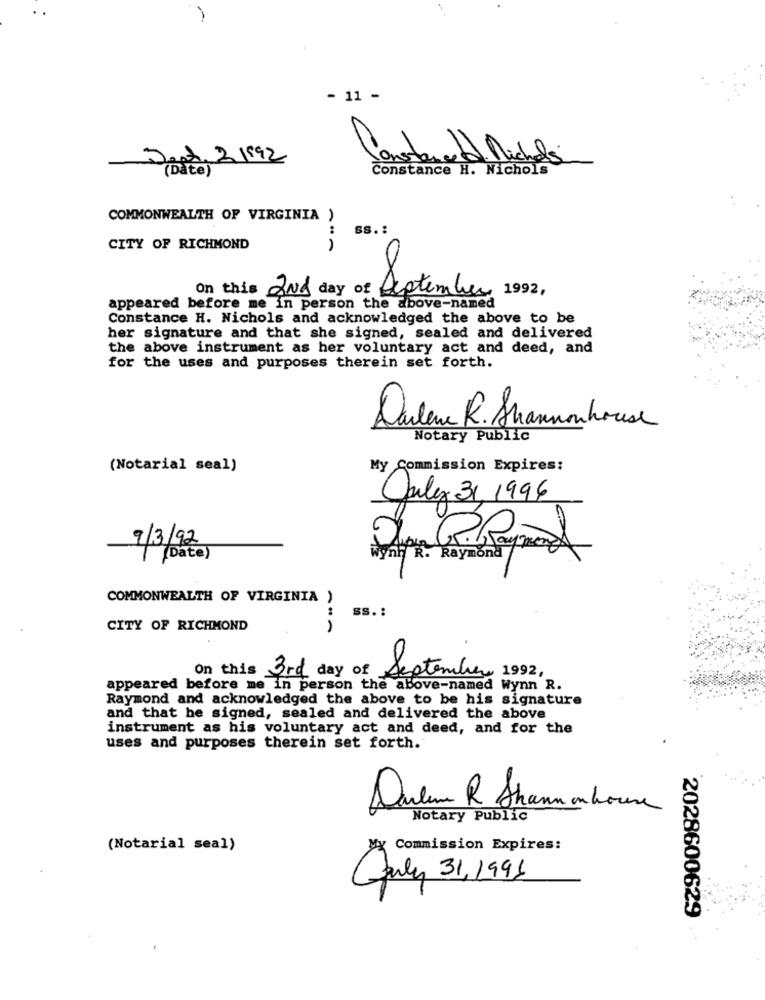
- 11 -
20pt 2 1992
constance
Mi
Constance H. Nichols
COMMONWEALTH OF VIRGINIA )
SS .:
CITY OF RICHMOND
On this 2Nd day of September 1992,
appeared before me in person the above-named
Constance H. Nichols and acknowledged the above to be
her signature and that she signed, sealed and delivered
the above instrument as her voluntary act and deed, and
for the uses and purposes therein set forth.
Darlene R. Shannonhouse
Notary Public
(Notarial seal)
My Commission Expires:
July 31, 1996
6.
9/3/92
(Date)
wyny R. Raymond
COMMONWEALTH OF VIRGINIA )
ss .:
CITY OF RICHMOND
On this 3rd day of September 1992,
appeared before me in person the above-named Wynn R.
Raymond and acknowledged the above to be his signature
and that he signed, sealed and delivered the above
instrument as his voluntary act and deed, and for the
uses and purposes therein set forth.
Darlene R. Shannon house
Notary Public
(Notarial seal)
My Commission Expires:
Curly 31,1991
2028600629